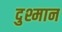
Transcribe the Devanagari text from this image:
दुश्मान